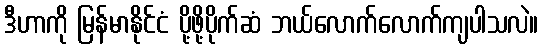
ဒီဟာကို မြန်မာနိုင်ငံ ပို့ဖို့ပိုက်ဆံ ဘယ်လောက်လောက်ကျပါသလဲ။